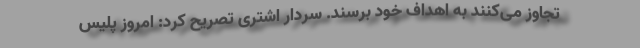
تجاوز می‌کنند به اهداف خود برسند. سردار اشتری تصریح کرد: امروز پلیس